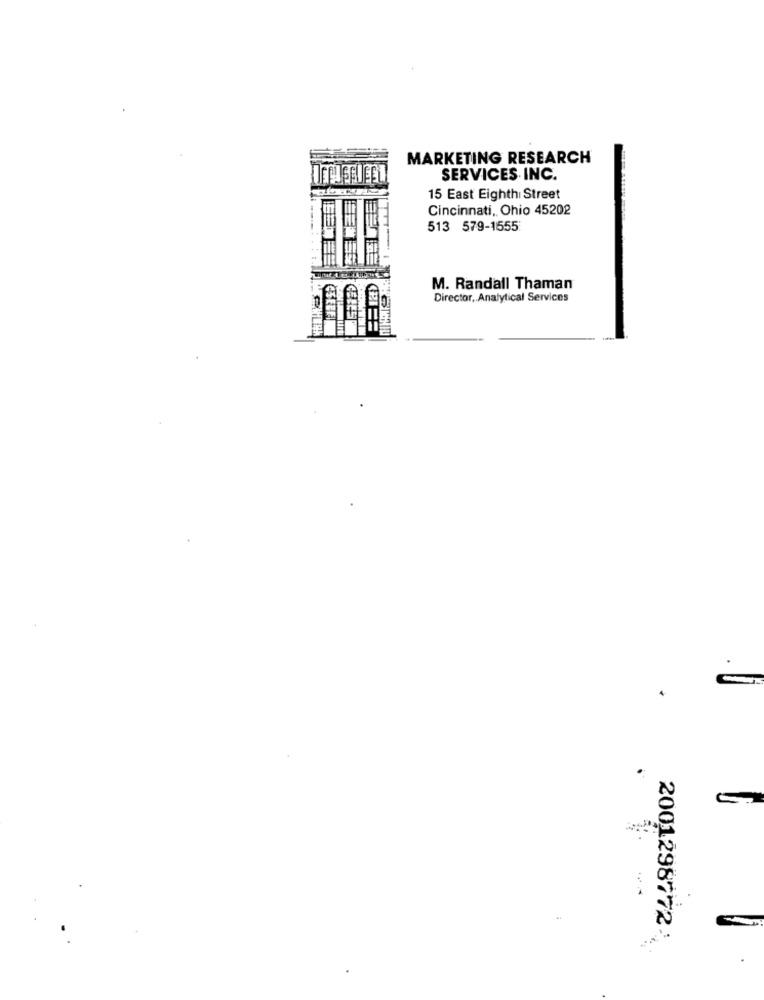
MARKETING RESEARCH
SERVICES INC.
15 East Eighthi Street
Cincinnati, Ohio 45202
513 579-1555
M. Randall Thaman
CSE
Director, Analytical Services
GELEST
.
2001298772-